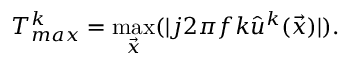
T _ { m a x } ^ { k } = \operatorname* { m a x } _ { \vec { x } } ( \rvert j 2 \pi f k \hat { u } ^ { k } ( \vec { x } ) \rvert ) .